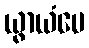
ယွာယံပေ